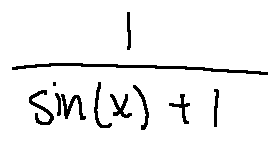
\frac { 1 } { \sin ( x ) + 1 }